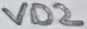
Text: VD2